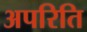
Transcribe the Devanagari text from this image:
अपरिति